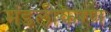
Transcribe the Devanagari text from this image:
मंडलीकरण